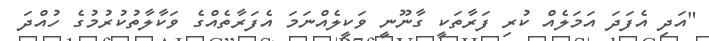
"އަދި އެފަދަ އަމަލެއް ކުރި ފަރާތަކީ ގާނޫނީ ވަކީލެއްނަމަ އެފަރާތެއްގެ ވަކާލާތުކުރުމުގެ ހުއްދަ